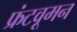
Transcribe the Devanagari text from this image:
फ्रंटवूमन